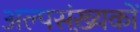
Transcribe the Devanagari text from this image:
अल्पसंख़्यकों